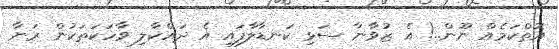
އޮތްކަމެއް ނޫން..! އެ ޒުވާނާ ސަޅި ކަނޑާލާފައި އެ ދައްކާލި ވާހަކަތަކުން ރަނާ